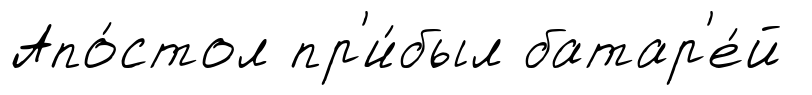
Апо́стол пр'и́был батар'е́й